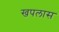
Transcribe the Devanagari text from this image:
खपलास